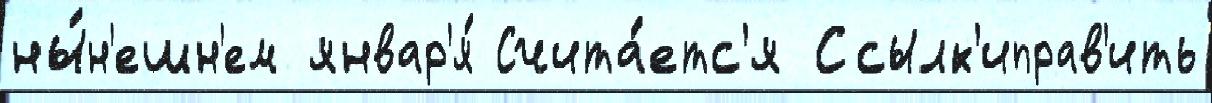
ны́н'ешн'ем январ'я́ Счита́етс'я Ссылк'иправ'ить